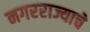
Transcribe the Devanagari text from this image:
नगरराज्याचे